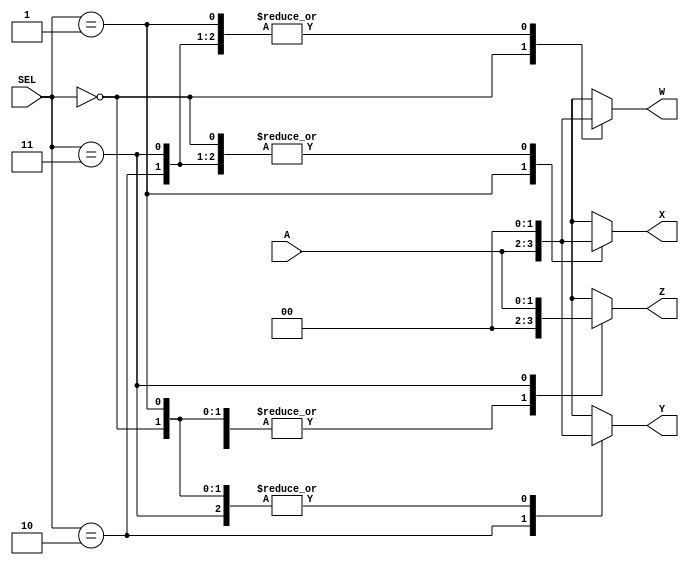
`timescale 1ns / 1ps
//////////////////////////////////////////////////////////////////////////////////
// Company: 
// Engineer: 
// 
// Design Name: 
// Module Name: demultiplexer
// Project Name: 
// Target Devices: 
// Tool Versions: 
// Description: 
// 
// Dependencies: 
// 
// Revision:
// Revision 0.01 - File Created
// Additional Comments:
// 
//////////////////////////////////////////////////////////////////////////////////


module demultiplexer(
    input [1:0]A,
    input [1:0]SEL,
    output [1:0]W,
    output [1:0]X,
    output [1:0]Y,
    output [1:0]Z
    );
    
//YOUR CODE HERE

reg [1:0] reg_W,reg_X,reg_Y,reg_Z; 

//assigning all output with their respective reg storage
assign W = reg_W;
assign X = reg_X;
assign Y = reg_Y;
assign Z = reg_Z;
always@*
 case(SEL)
    
    2'b00: begin 
        reg_W = A;
        {reg_X,reg_Y,reg_Z} = 0;
    end
    2'b01: begin 
        reg_X = A;
        {reg_W,reg_Y,reg_Z} = 0;
    end
    2'b10: begin 
        reg_Y = A;
        {reg_X,reg_W,reg_Z} = 0;
    end
    2'b11: begin 
        reg_Z = A;
        {reg_X,reg_Y,reg_W} = 0;
    end    

 endcase

endmodule